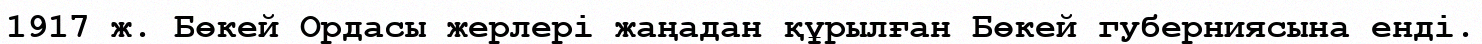
1917 ж. Бөкей Ордасы жерлері жаңадан құрылған Бөкей губерниясына енді.